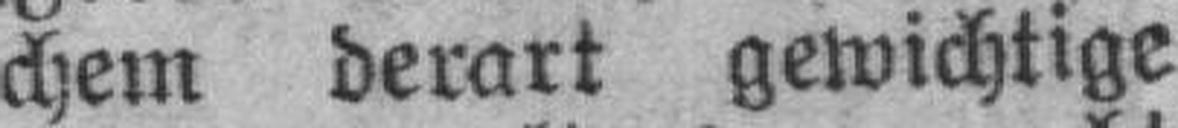
chem derart gewichtige